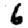
Digit: 6